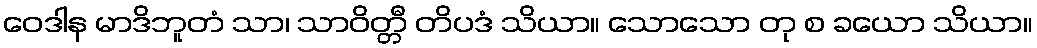
ဝေဒါန မာဒိဘူတံ သာ၊ သာဝိတ္တီ တိပဒံ သိယာ။ သောသော တု စ ခယော သိယာ။